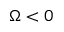
\Omega < 0